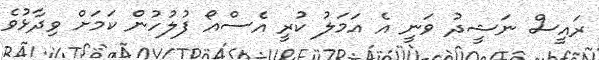
ރައީސް ނަޝީދު ވަނީ އެ އަމަލު ކުރީ އެސްއޯ ފުލުހުން ކަމަށް ވިދާޅުވެ